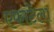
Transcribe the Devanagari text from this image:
एफाटेला